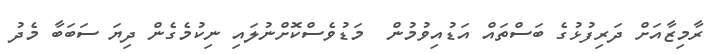
ރާމިޒާއަށް ދަރިފުޅުގެ ބަސްތައް އަޑުއިވުމުން  މަޑުވެސްކޮށްނުލައި ނިކުމެގެން ދިޔަ ސަބަބާ މެދު